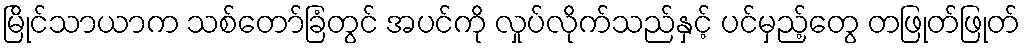
မြိုင်သာယာက သစ်တော်ခြံတွင် အပင်ကို လှုပ်လိုက်သည်နှင့် ပင်မှည့်တွေ တဖြုတ်ဖြုတ်